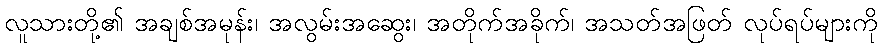
လူသားတို့၏ အချစ်အမုန်း၊ အလွမ်းအဆွေး၊ အတိုက်အခိုက်၊ အသတ်အဖြတ် လုပ်ရပ်များကို